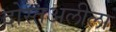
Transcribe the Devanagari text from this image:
दोस्तअलीला